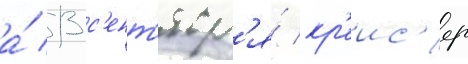
а́ 13 с'ент'ябр'я́ кр'еис'ер